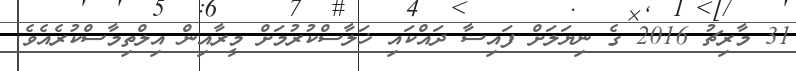
31 މާރިޗު 2016 ގެ ނިޔަލަށް ފައިސާ ދައްކައި ޚަލާސްކުރުމަށް މީރާއިން އިލްތިމާސްކުރެއެވެ.